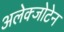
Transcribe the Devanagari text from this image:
अलेक्जोटेन